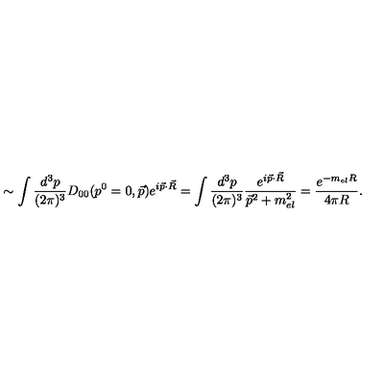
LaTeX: \sim \int \frac { d ^ { 3 } p } { ( 2 \pi ) ^ { 3 } } D _ { 0 0 } ( p ^ { 0 } = 0 , \vec { p } ) e ^ { i \vec { p } \cdot \vec { R } } = \int \frac { d ^ { 3 } p } { ( 2 \pi ) ^ { 3 } } \frac { e ^ { i \vec { p } \cdot \vec { R } } } { \vec { p } ^ { 2 } + m _ { e l } ^ { 2 } } = \frac { e ^ { - m _ { e l } R } } { 4 \pi R } .